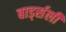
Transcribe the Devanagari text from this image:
बार्ड्सली